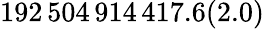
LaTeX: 192\, 504\, 914\, 417.6(2.0)